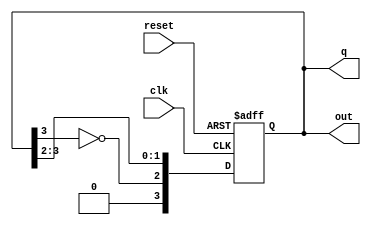
module johnson_counter #(
    parameter n = 4  // Number of flip-flops
)(
    input wire clk,          // Clock input
    input wire reset,        // Asynchronous reset
    output reg [n-1:0] q,    // Current state output
    output reg [n-1:0] out   // Moore output based on current state
);

// State transition logic
always @(posedge clk or posedge reset) begin
    if (reset) begin
        q <= 0;  // Reset all flip-flops to 0
    end else begin
        q <= {~q[n-1], q[n-1:n-2]}; // Shift right and feed back inverted last FF
    end
end

// Output logic (Moore output)
always @(q) begin
    // Example output logic: output is the same as the current state
    out = q; // You can modify this logic based on your requirements
end

endmodule